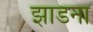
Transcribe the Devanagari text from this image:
झाडना